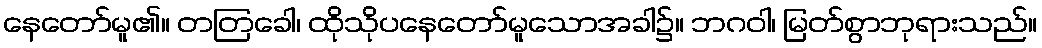
နေတော်မူ၏။ တတြခေါ၊ ထိုသိုပနေတော်မူသောအခါ၌။ ဘဂဝါ၊ မြတ်စွာဘုရားသည်။